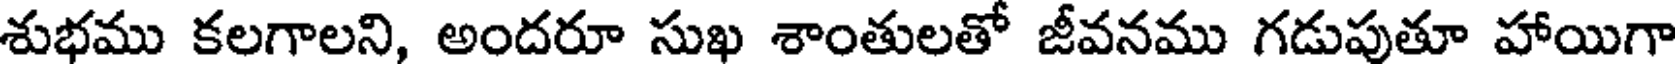
శుభము కలగాలని, అందరూ సుఖ శాంతులతో జీవనము గడుపుతూ హాయిగా